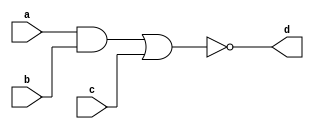
`timescale 1ns / 1ps
//////////////////////////////////////////////////////////////////////////////////
// Company: 
// Engineer: 
// 
// Design Name: 
// Module Name: demog2
// Project Name: 
// Target Devices: 
// Tool Versions: 
// Description: 
// 
// Dependencies: 
// 
// Revision:
// Revision 0.01 - File Created
// Additional Comments:
// 
//////////////////////////////////////////////////////////////////////////////////


module demog2(
    input a,b,c,
    output d
    );
    assign d = ~((a&b)|c);
endmodule